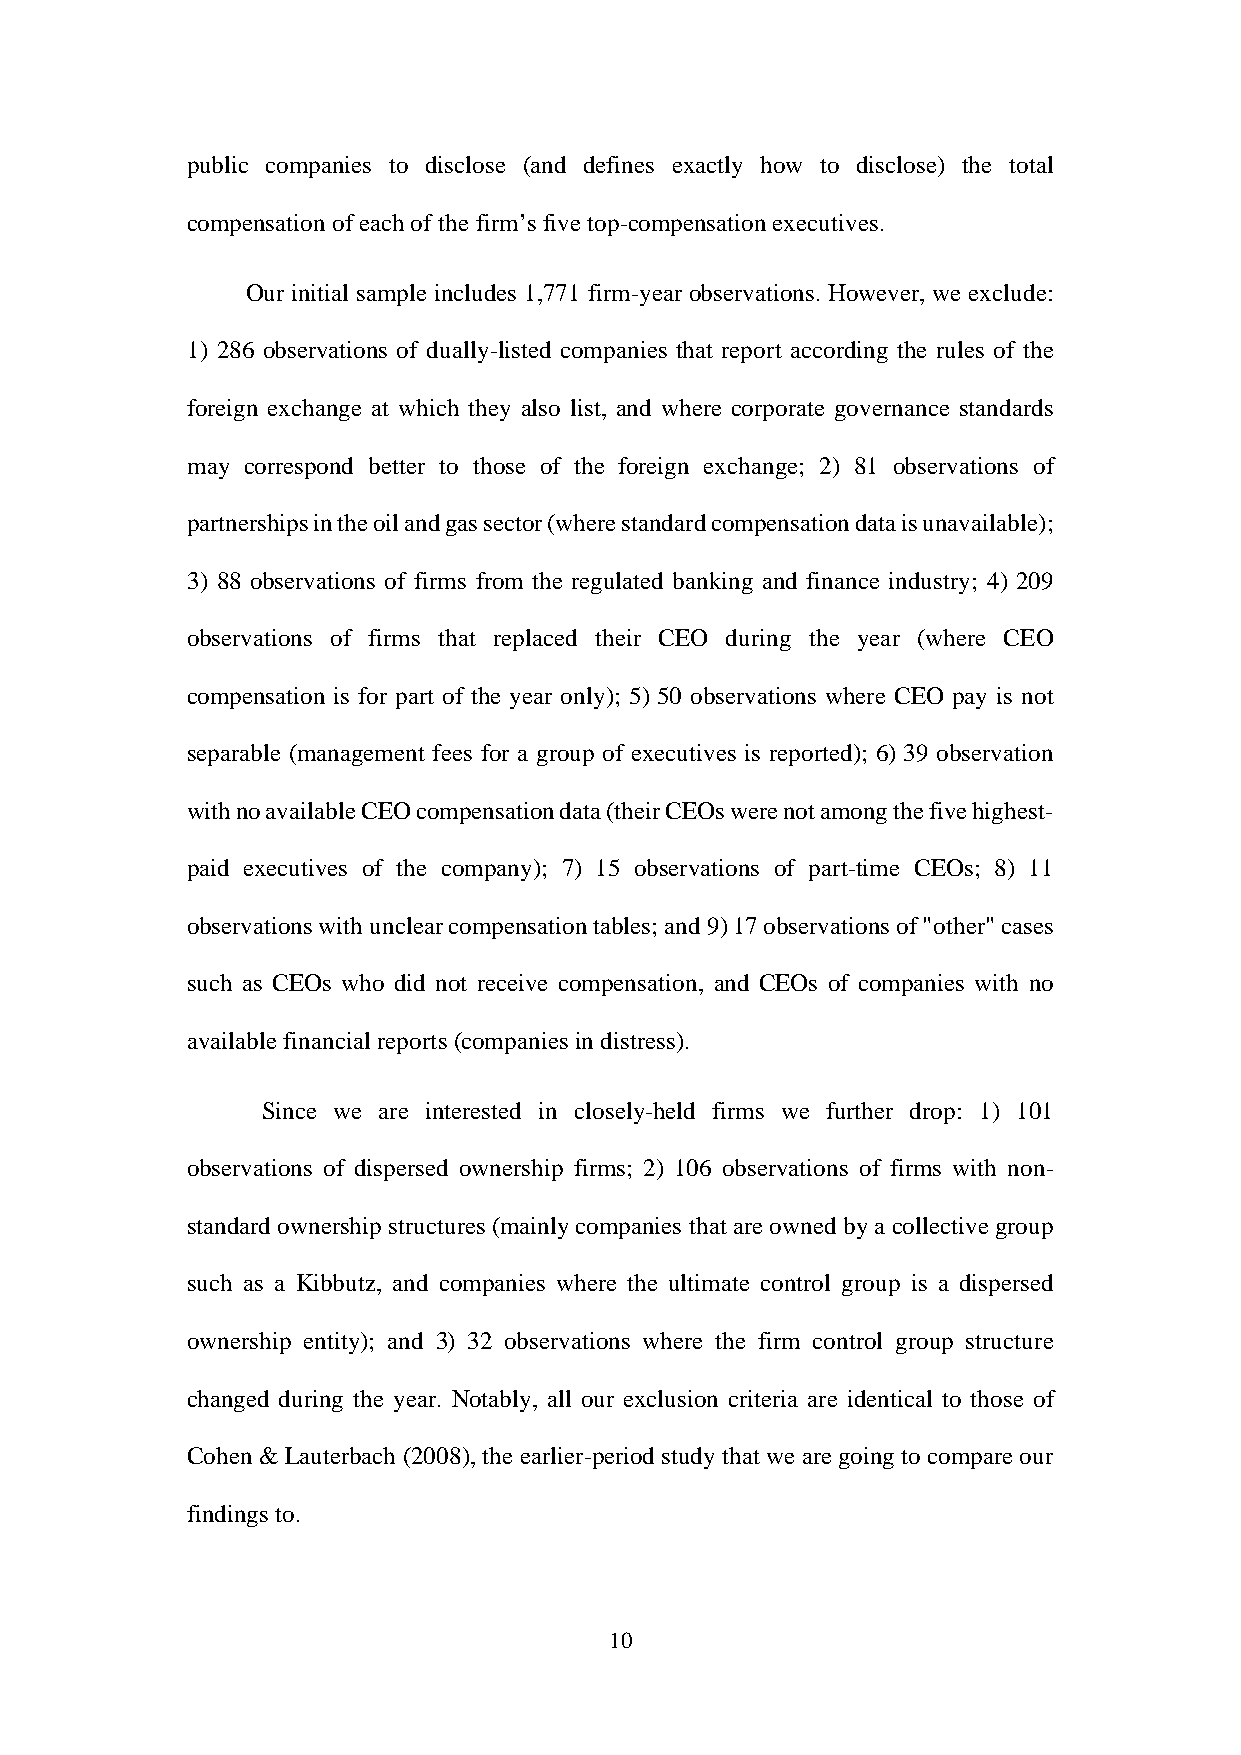
public companies to disclose (and defines exactly how to disclose) the total
 compensation of each of the firm’s five top-compensation executives.
 Our initial sample includes 1,771 firm-year observations. However, we exclude:
 1) 286 observations of dually-listed companies that report according the rules of the
 foreign exchange at which they also list, and where corporate governance standards
 may correspond better to those of the foreign exchange; 2) 81 observations of
 partnerships in the oil and gas sector (where standard compensation data is unavailable);
 3) 88 observations of firms from the regulated banking and finance industry; 4) 209
 observations of firms that replaced their CEO during the year (where CEO
 compensation is for part of the year only); 5) 50 observations where CEO pay is not
 separable (management fees for a group of executives is reported); 6) 39 observation
 with no available CEO compensation data (their CEOs were not among the five highest-
 paid executives of the company); 7) 15 observations of part-time CEOs; 8) 11
 observations with unclear compensation tables; and 9) 17 observations of "other" cases
 such as CEOs who did not receive compensation, and CEOs of companies with no
 available financial reports (companies in distress).
 Since we are interested in closely-held firms we further drop: 1) 101
 observations of dispersed ownership firms; 2) 106 observations of firms with non-
 standard ownership structures (mainly companies that are owned by a collective group
 such as a Kibbutz, and companies where the ultimate control group is a dispersed
 ownership entity); and 3) 32 observations where the firm control group structure
 changed during the year. Notably, all our exclusion criteria are identical to those of
 Cohen & Lauterbach (2008), the earlier-period study that we are going to compare our
 findings to.
 10